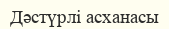
Дәстүрлі асханасы